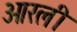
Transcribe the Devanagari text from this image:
ओरली